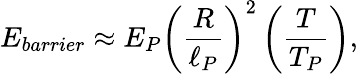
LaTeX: E_{barrier}\approx E_{P}\left({\frac{R}{\ell_{P}}}\right)^{2}\left({\frac{T}{T_{P}}}\right),